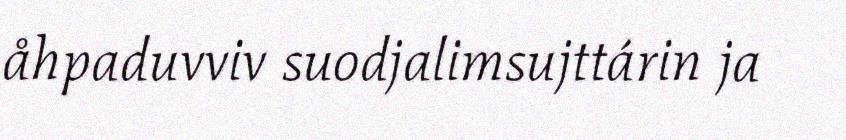
åhpaduvviv suodjalimsujttárin ja